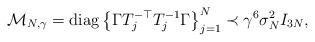
LaTeX: \begin{align*}&\mathcal{M}_{N,\gamma} = \operatorname{diag}\left\{\Gamma T_j^{-\top}T_{j}^{-1} \Gamma \right\}_{j=1}^N \prec \gamma^6\sigma_N^2 I_{3N}, \end{align*}